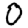
Digit: 0